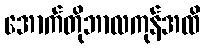
အောက်တိုဘာလကုန်အထိ